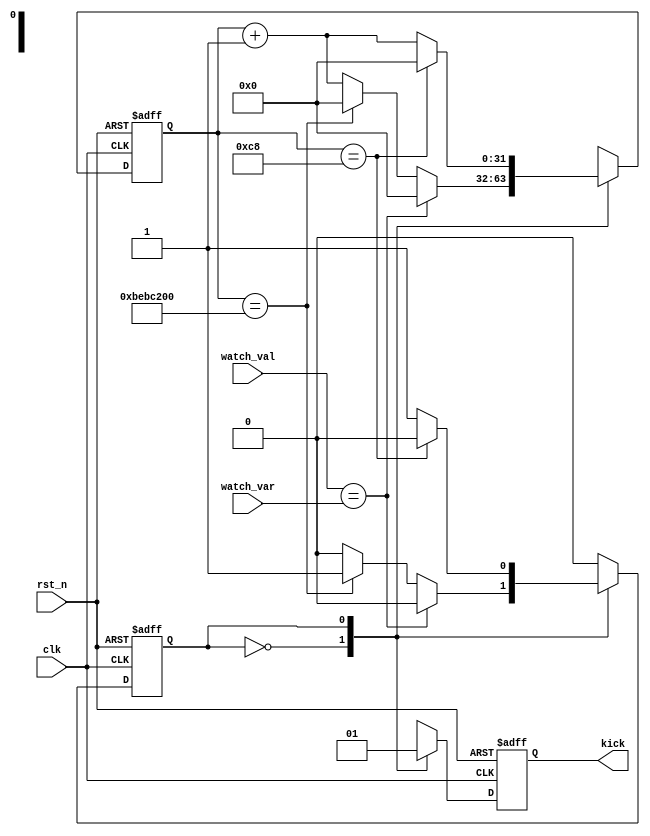
///////////////////////////////////////////////////////////////////////////////////////////////////////////////////
// Tyler Anderson Mon Jul 30 13:02:56 EDT 2018
//
// watchdog.v
//
// A simple watchdog timer that compares a state to a known state and issues a reset if it doesn't appear in a 
// reasonable time frame. 
//////////////////////////////////////////////////////////////////////////////////////////////////////////////////

module watchdog #(parameter [63:0] P_CLK_FREQ_HZ=100000000, parameter [63:0] P_WATCH_NS=2000000000, parameter [63:0] P_KICK_NS=2000)
  (
   input 	clk,
   input 	rst_n, 
   input [31:0] watch_var,
   input [31:0] watch_val, 
   output reg 	kick = 0
   );

   reg 		state = 1;
   reg [31:0] 	cnt = 0;
   localparam [31:0] L_WATCH_CNT_MAX = P_WATCH_NS*P_CLK_FREQ_HZ/1000000000;
   localparam [31:0] L_KICK_CNT_MAX = P_KICK_NS*P_CLK_FREQ_HZ/1000000000; 
      
   always @(posedge clk or negedge rst_n)
     if(!rst_n)
       begin
	  state <= 1;
	  kick <= 0; 
	  cnt <= 0;
       end
     else
       begin 
	  case(state)
	    
	    0: 
	      begin
		 kick <= 0;
		 cnt <= cnt + 1; 
		 if(watch_val == watch_var)
		   cnt <= 0; 
		 else if(cnt == L_WATCH_CNT_MAX)
		   begin 
		      state <= 1;
		      cnt <= 0;
		   end
	      end

	    1:
	      begin
		 kick <= 1;
		 cnt <= cnt + 1;
		 if(cnt == L_KICK_CNT_MAX)
		   begin
		      state <= 0;
		      cnt <= 0;
		   end
	      end
	  endcase // case (state)
       end
   
endmodule